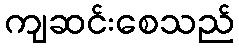
ကျဆင်းစေသည်